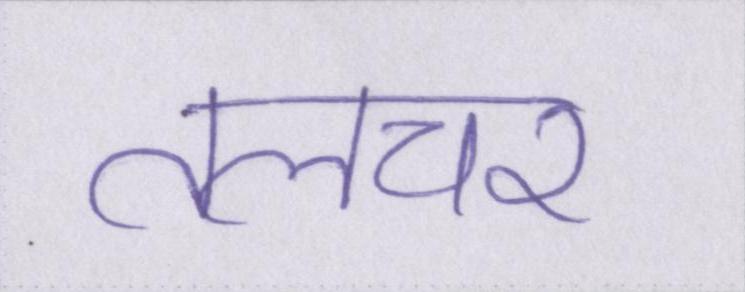
तलचर